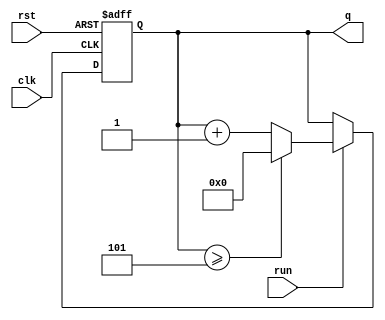
module count6(
  input run,
  input rst,
  input clk,
  output reg [3:0] q = 4'b0000
);

always @(negedge clk or posedge rst)
begin
  if (rst == 1'b1)
   q[3:0] <= 4'b0000;
 else
   begin
  if (run == 1'b1)
    begin
    if (q[3:0] >= 4'b0101)
      q[3:0] <= 4'b0000;
    else
      q[3:0] <= q[3:0]+1'b1;
    end
    end
end
endmodule